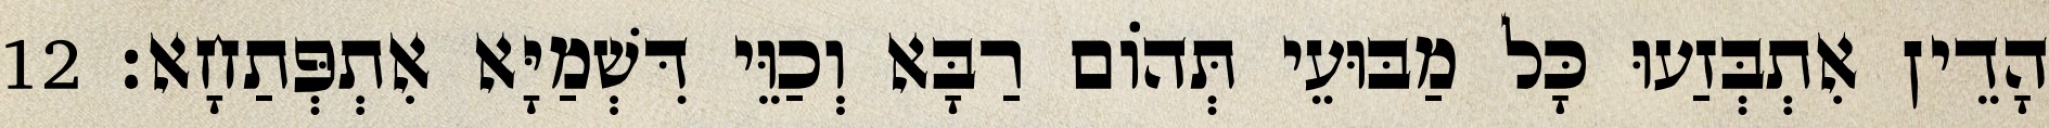
הָדֵין אִתְבְּזַעוּ כָּל מַבּוּעֵי תְּהוֹם רַבָּא וְכַוֵּי דִּשְׁמַיָּא אִתְפְּתַחָא׃ 12